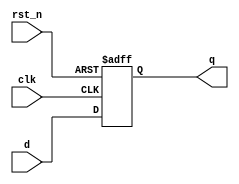
module simple_register (
    input wire clk,        // Clock input
    input wire rst_n,     // Active low reset
    input wire [7:0] d,   // Data input
    output reg [7:0] q    // Data output
);

    // Sequential logic using non-blocking assignments
    always @(posedge clk or negedge rst_n) begin
        if (!rst_n) begin
            q <= 8'b0;      // Reset output to 0
        end else begin
            q <= d;         // Update output with input data
        end
    end

endmodule